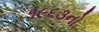
૧૯૬૩નો